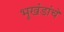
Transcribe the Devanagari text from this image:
भूखंडांचे